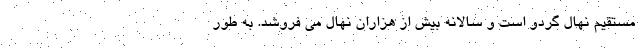
مستقیم نهال گردو است و سالانه بیش از هزاران نهال می فروشد. به طور